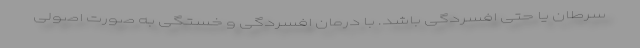
سرطان یا حتی افسردگی باشد. با درمان افسردگی و خستگی به صورت اصولی